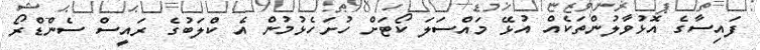
ފައިސާގެ އޮޅުވާލުންތަކެއް އުޅޭ މައްސަލަ ކޯޓަށް ހުށަހެޅުމުން އެ ކްލަބުގެ ރައީސް ސެންޑްރޯ